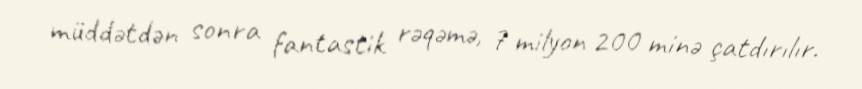
müddətdən sonra fantastik rəqəmə, 7 milyon 200 minə çatdırılır.